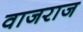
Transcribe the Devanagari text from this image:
वाजराज